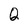
Character: Q